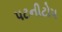
પટનીટોપ